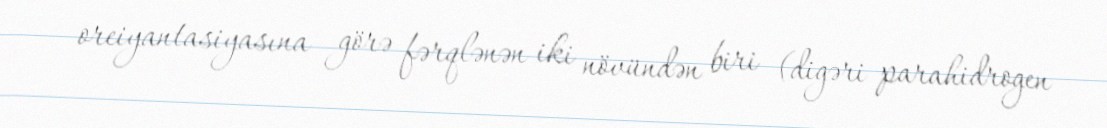
oreiyantasiyasına görə fərqlənən iki növündən biri (digəri parahidrogen